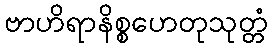
ဗာဟိရာနိစ္စဟေတုသုတ္တံ